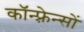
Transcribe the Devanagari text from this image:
कॉन्फ़्रेन्सों